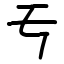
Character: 亐